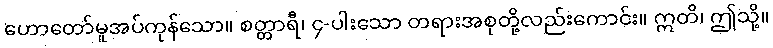
ဟောတော်မူအပ်ကုန်သော။ စတ္တာရီ၊ ၄-ပါးသော တရားအစုတို့လည်းကောင်း။ ဣတိ၊ ဤသို့။